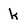
Character: k